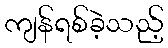
ကျန်ရစ်ခဲ့သည့်